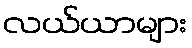
လယ်ယာများ